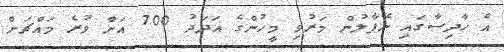
އެ ހާދިސާގައި ނޭޕާލުން މަރުވި މީހުންގެ އަދަދު 700 އަށް ވުރެ މައްޗަށް